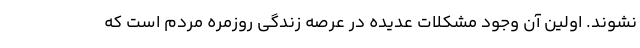
نشوند. اولین آن وجود مشکلات عدیده در عرصه زندگی روزمره مردم است که